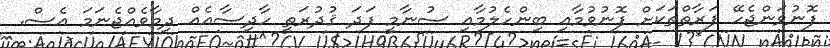
ފޮނުވަންޖެހޭ ފަރާތްތަކަށް ފޮނުވުމާއި ބިންހެލުމާއި ސުނާމީ ފަދަ ޤުދުރަތީ ހާދިސާއެއް ދިމާވެއްޖެނަމަ އެސް.